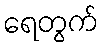
ရေတွက်